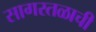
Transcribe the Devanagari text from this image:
सागरतळाची